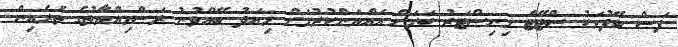
ފަސް ބޭފުޅަކު ސްޓޭޓް މިނިސްޓަރު ކަމަށް އައްޔަންކުރުމަށް މިއަދު ބޭއްވުނު ރަސްމިއްޔާތުގެ ތެރެއިން